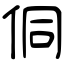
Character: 侗